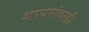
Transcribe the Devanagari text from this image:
शायरांवरही